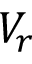
V _ { r }